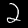
Label: 2